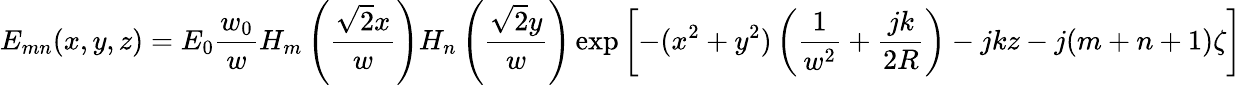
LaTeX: E_{mn}(x,y,z)=E_{0}{\frac{w_{0}}{w}}H_{m}\left({\frac{{\sqrt{2}}x}{w}}\right)H_{n}\left({\frac{{\sqrt{2}}y}{w}}\right)\exp\left[-(x^{2}+y^{2})\left({\frac{1}{w^{2}}}+{\frac{jk}{2R}}\right)-jkz-j(m+n+1)\zeta\right]